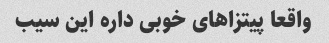
واقعا پیتزاهای خوبی داره این سیب